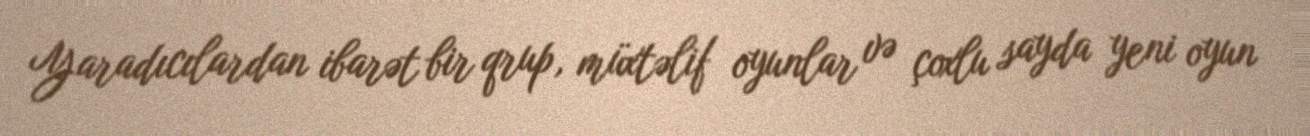
Yaradıcılardan ibarət bir qrup, müxtəlif oyunlar və çoxlu sayda yeni oyun